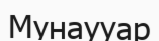
Мунаууар